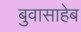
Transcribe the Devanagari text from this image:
बुवासाहेब